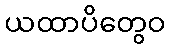
ယထာပိတွေဝ